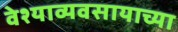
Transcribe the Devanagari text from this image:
वेश्याव्यवसायाच्या